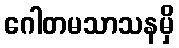
ဂေါတမသာသနမှိ